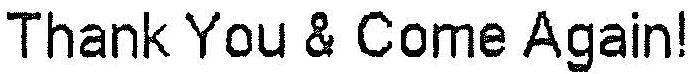
THANK YOU & COME AGAIN!